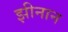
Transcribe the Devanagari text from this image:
झीनान